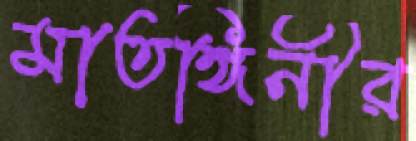
মাতঙ্গিনীর